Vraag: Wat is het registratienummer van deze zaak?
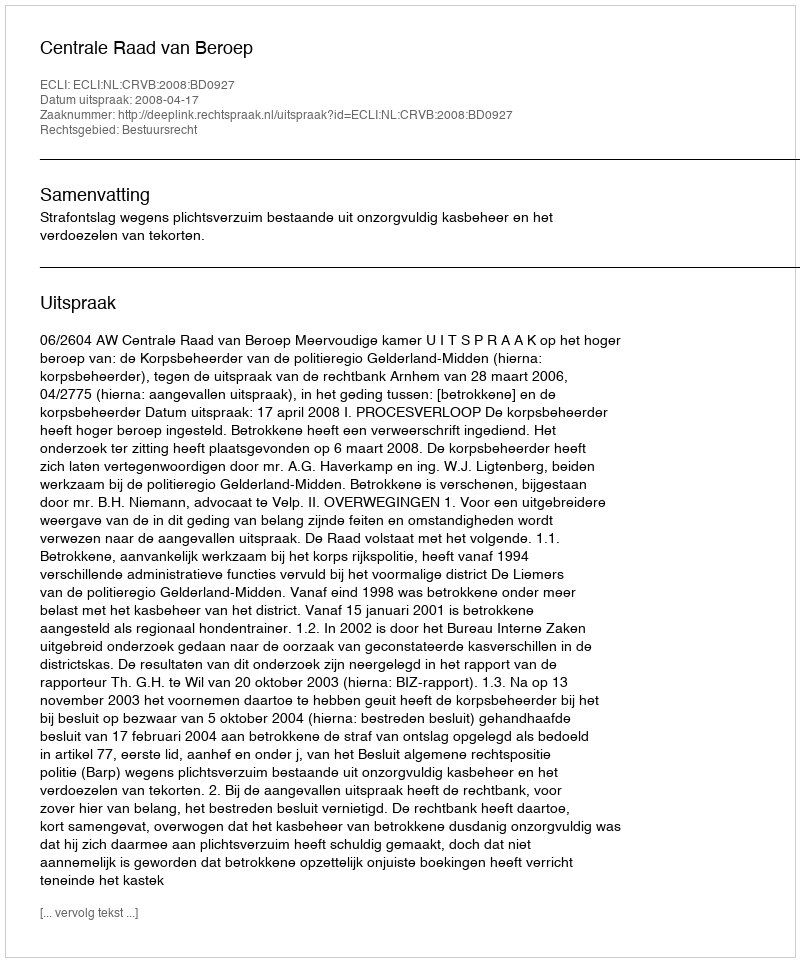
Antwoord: http://deeplink.rechtspraak.nl/uitspraak?id=ECLI:NL:CRVB:2008:BD0927